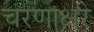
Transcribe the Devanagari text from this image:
चरणाक्षरे